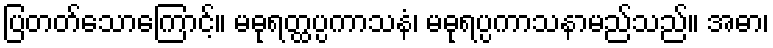
ပြတတ်သောကြောင့်။ မဓုရတ္ထပ္ပကာသနံ၊ မဓုရပ္ပကာသနာမည်သည်။ အဓာ၊